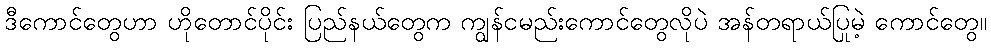
ဒီကောင်တွေဟာ ဟိုတောင်ပိုင်း ပြည်နယ်တွေက ကျွန်ငမည်းကောင်တွေလိုပဲ အန်တရာယ်ပြုမဲ့ ကောင်တွေ။